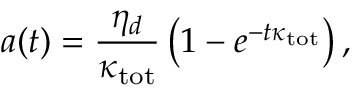
a ( t ) = \frac { \eta _ { d } } { \kappa _ { \mathrm { t o t } } } \left( 1 - e ^ { - t \kappa _ { \mathrm { t o t } } } \right) ,